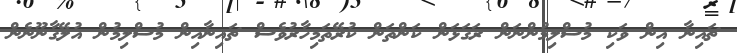
ޗައިނާ އިން ވަކި މުސްލިމުންނަން ރަގަޅަން ކަންތަން ކުރޭތަމިހާރުވެސް ޗައިނާއިން މުސްލިމުން އުލޭގާނޫނެން